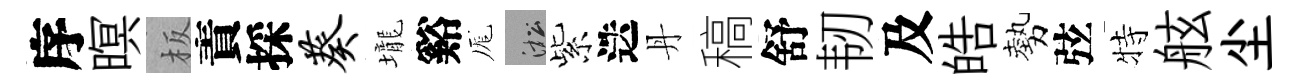
序暝板責採葵壠谿厖淞紫迭丹稿舒韧及皓勢弦特舷尘